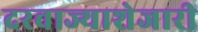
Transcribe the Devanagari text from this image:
दरवाज्याशेजारी